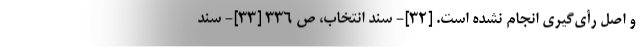
و اصل رأی‌گیری انجام نشده است. [۳۲]- سند انتخاب، ص ۳۳۶ [۳۳]- سند